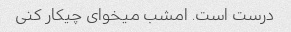
درست است. امشب میخوای چیکار کنی